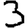
Digit: 3